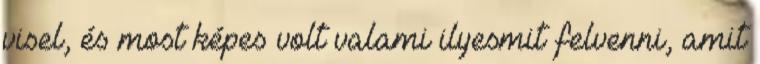
visel, és most képes volt valami ilyesmit felvenni, amit